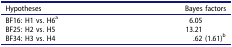
<table><thead><tr><td><b>Hypotheses</b></td><td><b>Bayes factors</b></td></tr></thead><tbody><tr><td>BF16: H1 vs. H6<sup>a</sup></td><td>6.05</td></tr><tr><td>BF25: H2 vs. H5</td><td>13.21</td></tr><tr><td>BF34: H3 vs. H4</td><td>.62 (1.61)<sup>b</sup></td></tr></tbody></table>